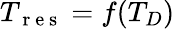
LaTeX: T_{\mathrm{~r~e~s~}}=f(T_{D})